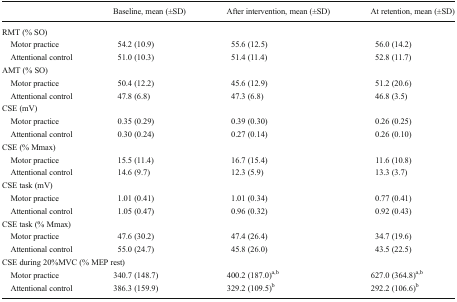
<table><thead><tr><td></td><td><b>Baseline, mean (±SD)</b></td><td><b>After intervention, mean (±SD)</b></td><td><b>At retention, mean (±SD)</b></td></tr></thead><tbody><tr><td colspan="4">RMT (% SO)</td></tr><tr><td> Motor practice</td><td>54.2 (10.9)</td><td>55.6 (12.5)</td><td>56.0 (14.2)</td></tr><tr><td> Attentional control</td><td>51.0 (10.3)</td><td>51.4 (11.4)</td><td>52.8 (11.7)</td></tr><tr><td colspan="4">AMT (% SO)</td></tr><tr><td> Motor practice</td><td>50.4 (12.2)</td><td>45.6 (12.9)</td><td>51.2 (20.6)</td></tr><tr><td> Attentional control</td><td>47.8 (6.8)</td><td>47.3 (6.8)</td><td>46.8 (3.5)</td></tr><tr><td colspan="4">CSE (mV)</td></tr><tr><td> Motor practice</td><td>0.35 (0.29)</td><td>0.39 (0.30)</td><td>0.26 (0.25)</td></tr><tr><td> Attentional control</td><td>0.30 (0.24)</td><td>0.27 (0.14)</td><td>0.26 (0.10)</td></tr><tr><td colspan="4">CSE (% Mmax)</td></tr><tr><td> Motor practice</td><td>15.5 (11.4)</td><td>16.7 (15.4)</td><td>11.6 (10.8)</td></tr><tr><td> Attentional control</td><td>14.6 (9.7)</td><td>12.3 (5.9)</td><td>13.3 (3.7)</td></tr><tr><td colspan="4">CSE task (mV)</td></tr><tr><td> Motor practice</td><td>1.01 (0.41)</td><td>1.01 (0.34)</td><td>0.77 (0.41)</td></tr><tr><td> Attentional control</td><td>1.05 (0.47)</td><td>0.96 (0.32)</td><td>0.92 (0.43)</td></tr><tr><td colspan="4">CSE task (% Mmax)</td></tr><tr><td> Motor practice</td><td>47.6 (30.2)</td><td>47.4 (26.4)</td><td>34.7 (19.6)</td></tr><tr><td> Attentional control</td><td>55.0 (24.7)</td><td>45.8 (26.0)</td><td>43.5 (22.5)</td></tr><tr><td colspan="4">CSE during 20%MVC (% MEP rest)</td></tr><tr><td> Motor practice</td><td>340.7 (148.7)</td><td>400.2 (187.0)<sup>a,b</sup></td><td>627.0 (364.8)<sup>a,b</sup></td></tr><tr><td> Attentional control</td><td>386.3 (159.9)</td><td>329.2 (109.5)<sup>b</sup></td><td>292.2 (106.6)<sup>b</sup></td></tr></tbody></table>